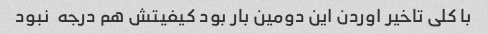
با کلی تاخیر اوردن این دومین بار بود کیفیتش هم درجه  نبود